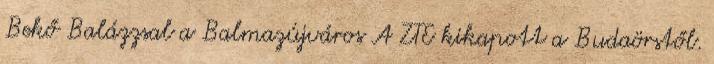
Bekő Balázzsal a Balmazújváros A ZTE kikapott a Budaörstől.